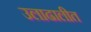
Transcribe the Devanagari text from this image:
उलाढालीत